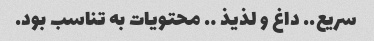
سریع.. داغ و لذیذ …. محتویات به تناسب بود.